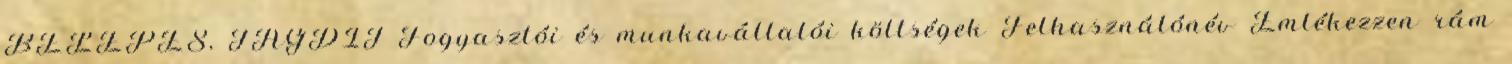
BELÉPÉS, TAGDÍJ Fogyasztói és munkavállalói költségek Felhasználónév Emlékezzen rám